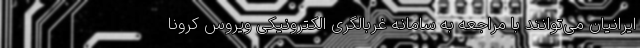
ایرانیان می‌توانند با مراجعه به سامانه غربالگری الکترونیکی ویروس کرونا